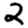
Digit: 2